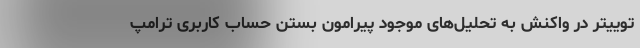
توییتر در واکنش به تحلیل‌های موجود پیرامون بستن حساب کاربری ترامپ